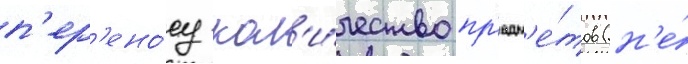
п'ер'ено́су кол'и́чество пр'едм'е́тов (н'е́